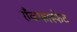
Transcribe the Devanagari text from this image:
राँकफास्फेट